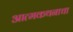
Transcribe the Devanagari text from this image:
आत्मकथनाचा